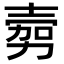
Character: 𭐔